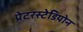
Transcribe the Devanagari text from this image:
प्रेटरस्टेडियोन